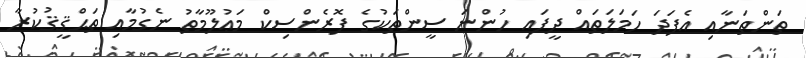
ތަންތަނާއި އެފަދަ ހަމަލަތައް ދީފައި ހުންނަ ސީންތަކުގެ ފޮރެންސިކް މަޢުލޫމާތު ނެގުމާއި ތަޙްޤީޤުކުރާ